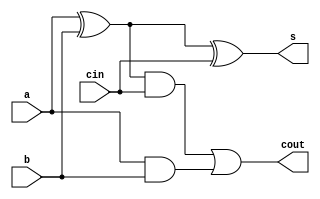
`resetall
`timescale 1ns/1ns
module fag(a,b,cin,s,cout);
input a,b,cin;
output cout,s;
wire w[1:3];
xor xorgate1(w[1],a,b);
and andgate1(w[2],a,b);
xor xorgate2(s,w[1],cin);
and andgate2(w[3],w[1],cin);
or orgate1(cout,w[3],w[2]);
endmodule